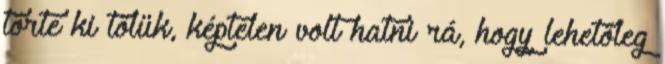
törte ki tőlük, képtelen volt hatni rá, hogy lehetőleg